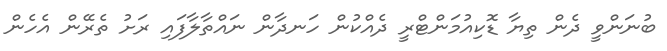
ބުނަންވީ ދެން ތިޔާ ޑޮކިއުމަންޓްރީ ދެއްކުން ހަނދާން ނައްތާލާފައި ރަށު ތެރޭން އެހެން